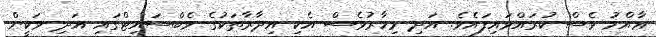
ޢާއްމު ވެސް ކުރައްވައިފައެވެ. އަދި މިހާރުވެސް އެކި އިދާރާތަކުގެ ވެބްސައިޓްގައި އަދި ވަކީން